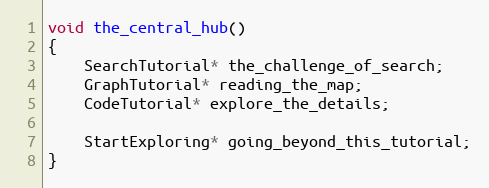
Language: C
void the_central_hub()
{
	SearchTutorial* the_challenge_of_search;
	GraphTutorial* reading_the_map;
	CodeTutorial* explore_the_details;

	StartExploring* going_beyond_this_tutorial;
}